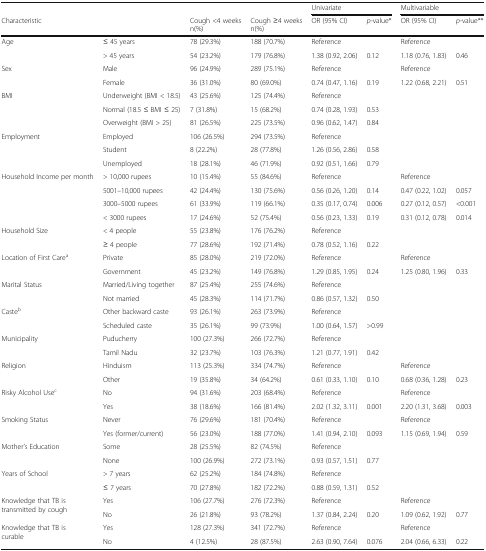
<table><thead><tr><td colspan="4"></td><td colspan="2"><b>Univariate</b></td><td colspan="2"><b>Multivariable</b></td></tr><tr><td><b>Characteristic</b></td><td></td><td><b>Cough &lt;4 weeks n(%)</b></td><td><b>Cough ≥4 weeks n(%)</b></td><td><b>OR (95% CI)</b></td><td><b><i>p</i>-value*</b></td><td><b>OR (95% CI)</b></td><td><b><i>p</i>-value**</b></td></tr></thead><tbody><tr><td rowspan="2">Age</td><td>≤ 45 years</td><td>78 (29.3%)</td><td>188 (70.7%)</td><td>Reference</td><td></td><td>Reference</td><td></td></tr><tr><td>&gt; 45 years</td><td>54 (23.2%)</td><td>179 (76.8%)</td><td>1.38 (0.92, 2.06)</td><td>0.12</td><td>1.18 (0.76, 1.83)</td><td>0.46</td></tr><tr><td rowspan="2">Sex</td><td>Male</td><td>96 (24.9%)</td><td>289 (75.1%)</td><td>Reference</td><td></td><td>Reference</td><td></td></tr><tr><td>Female</td><td>36 (31.0%)</td><td>80 (69.0%)</td><td>0.74 (0.47, 1.16)</td><td>0.19</td><td>1.22 (0.68, 2.21)</td><td>0.51</td></tr><tr><td rowspan="3">BMI</td><td>Underweight (BMI &lt; 18.5)</td><td>43 (25.6%)</td><td>125 (74.4%)</td><td>Reference</td><td></td><td></td><td></td></tr><tr><td>Normal (18.5 ≤ BMI ≤ 25)</td><td>7 (31.8%)</td><td>15 (68.2%)</td><td>0.74 (0.28, 1.93)</td><td>0.53</td><td></td><td></td></tr><tr><td>Overweight (BMI &gt; 25)</td><td>81 (26.5%)</td><td>225 (73.5%)</td><td>0.96 (0.62, 1.47)</td><td>0.84</td><td></td><td></td></tr><tr><td rowspan="3">Employment</td><td>Employed</td><td>106 (26.5%)</td><td>294 (73.5%)</td><td>Reference</td><td></td><td></td><td></td></tr><tr><td>Student</td><td>8 (22.2%)</td><td>28 (77.8%)</td><td>1.26 (0.56, 2.86)</td><td>0.58</td><td></td><td></td></tr><tr><td>Unemployed</td><td>18 (28.1%)</td><td>46 (71.9%)</td><td>0.92 (0.51, 1.66)</td><td>0.79</td><td></td><td></td></tr><tr><td rowspan="4">Household Income per month</td><td>&gt; 10,000 rupees</td><td>10 (15.4%)</td><td>55 (84.6%)</td><td>Reference</td><td></td><td>Reference</td><td></td></tr><tr><td>5001–10,000 rupees</td><td>42 (24.4%)</td><td>130 (75.6%)</td><td>0.56 (0.26, 1.20)</td><td>0.14</td><td>0.47 (0.22, 1.02)</td><td>0.057</td></tr><tr><td>3000–5000 rupees</td><td>61 (33.9%)</td><td>119 (66.1%)</td><td>0.35 (0.17, 0.74)</td><td>0.006</td><td>0.27 (0.12, 0.57)</td><td>&lt;0.001</td></tr><tr><td>&lt; 3000 rupees</td><td>17 (24.6%)</td><td>52 (75.4%)</td><td>0.56 (0.23, 1.33)</td><td>0.19</td><td>0.31 (0.12, 0.78)</td><td>0.014</td></tr><tr><td rowspan="2">Household Size</td><td>&lt; 4 people</td><td>55 (23.8%)</td><td>176 (76.2%)</td><td>Reference</td><td></td><td></td><td></td></tr><tr><td>≥ 4 people</td><td>77 (28.6%)</td><td>192 (71.4%)</td><td>0.78 (0.52, 1.16)</td><td>0.22</td><td></td><td></td></tr><tr><td rowspan="2">Location of First Care<sup>a</sup></td><td>Private</td><td>85 (28.0%)</td><td>219 (72.0%)</td><td>Reference</td><td></td><td>Reference</td><td></td></tr><tr><td>Government</td><td>45 (23.2%)</td><td>149 (76.8%)</td><td>1.29 (0.85, 1.95)</td><td>0.24</td><td>1.25 (0.80, 1.96)</td><td>0.33</td></tr><tr><td rowspan="2">Marital Status</td><td>Married/Living together</td><td>87 (25.4%)</td><td>255 (74.6%)</td><td>Reference</td><td></td><td></td><td></td></tr><tr><td>Not married</td><td>45 (28.3%)</td><td>114 (71.7%)</td><td>0.86 (0.57, 1.32)</td><td>0.50</td><td></td><td></td></tr><tr><td rowspan="2">Caste<sup>b</sup></td><td>Other backward caste</td><td>93 (26.1%)</td><td>263 (73.9%)</td><td>Reference</td><td></td><td></td><td></td></tr><tr><td>Scheduled caste</td><td>35 (26.1%)</td><td>99 (73.9%)</td><td>1.00 (0.64, 1.57)</td><td>&gt;0.99</td><td></td><td></td></tr><tr><td rowspan="2">Municipality</td><td>Puducherry</td><td>100 (27.3%)</td><td>266 (72.7%)</td><td>Reference</td><td></td><td></td><td></td></tr><tr><td>Tamil Nadu</td><td>32 (23.7%)</td><td>103 (76.3%)</td><td>1.21 (0.77, 1.91)</td><td>0.42</td><td></td><td></td></tr><tr><td rowspan="2">Religion</td><td>Hinduism</td><td>113 (25.3%)</td><td>334 (74.7%)</td><td>Reference</td><td></td><td>Reference</td><td></td></tr><tr><td>Other</td><td>19 (35.8%)</td><td>34 (64.2%)</td><td>0.61 (0.33, 1.10)</td><td>0.10</td><td>0.68 (0.36, 1.28)</td><td>0.23</td></tr><tr><td rowspan="2">Risky Alcohol Use<sup>c</sup></td><td>No</td><td>94 (31.6%)</td><td>203 (68.4%)</td><td>Reference</td><td></td><td>Reference</td><td></td></tr><tr><td>Yes</td><td>38 (18.6%)</td><td>166 (81.4%)</td><td>2.02 (1.32, 3.11)</td><td>0.001</td><td>2.20 (1.31, 3.68)</td><td>0.003</td></tr><tr><td rowspan="2">Smoking Status</td><td>Never</td><td>76 (29.6%)</td><td>181 (70.4%)</td><td>Reference</td><td></td><td>Reference</td><td></td></tr><tr><td>Yes (former/current)</td><td>56 (23.0%)</td><td>188 (77.0%)</td><td>1.41 (0.94, 2.10)</td><td>0.093</td><td>1.15 (0.69, 1.94)</td><td>0.59</td></tr><tr><td rowspan="2">Mother’s Education</td><td>Some</td><td>28 (25.5%)</td><td>82 (74.5%)</td><td>Reference</td><td></td><td></td><td></td></tr><tr><td>None</td><td>100 (26.9%)</td><td>272 (73.1%)</td><td>0.93 (0.57, 1.51)</td><td>0.77</td><td></td><td></td></tr><tr><td rowspan="2">Years of School</td><td>&gt; 7 years</td><td>62 (25.2%)</td><td>184 (74.8%)</td><td>Reference</td><td></td><td></td><td></td></tr><tr><td>≤ 7 years</td><td>70 (27.8%)</td><td>182 (72.2%)</td><td>0.88 (0.59, 1.31)</td><td>0.52</td><td></td><td></td></tr><tr><td rowspan="2">Knowledge that TB is transmitted by cough</td><td>Yes</td><td>106 (27.7%)</td><td>276 (72.3%)</td><td>Reference</td><td></td><td>Reference</td><td></td></tr><tr><td>No</td><td>26 (21.8%)</td><td>93 (78.2%)</td><td>1.37 (0.84, 2.24)</td><td>0.20</td><td>1.09 (0.62, 1.92)</td><td>0.77</td></tr><tr><td rowspan="2">Knowledge that TB is curable</td><td>Yes</td><td>128 (27.3%)</td><td>341 (72.7%)</td><td>Reference</td><td></td><td>Reference</td><td></td></tr><tr><td>No</td><td>4 (12.5%)</td><td>28 (87.5%)</td><td>2.63 (0.90, 7.64)</td><td>0.076</td><td>2.04 (0.66, 6.33)</td><td>0.22</td></tr></tbody></table>